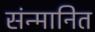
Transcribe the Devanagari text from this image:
संन्मानित